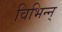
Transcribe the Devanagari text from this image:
विभिन्न्